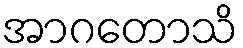
အာဂတောသိ